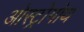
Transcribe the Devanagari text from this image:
ओस्ट्रोगोथ